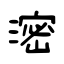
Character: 滵